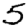
Digit: 5